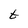
Character: t